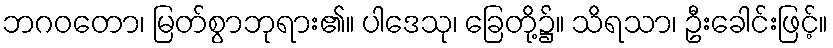
ဘဂဝတော၊ မြတ်စွာဘုရား၏။ ပါဒေသု၊ ခြေတို့၌။ သိရသာ၊ ဦးခေါင်းဖြင့်။